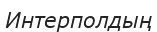
Интерполдың